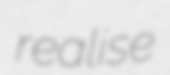
realise